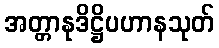
အတ္တာနုဒိဋ္ဌိပဟာနသုတ်